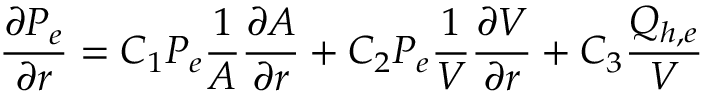
\frac { \partial P _ { e } } { \partial r } = C _ { 1 } P _ { e } \frac { 1 } { A } \frac { \partial A } { \partial r } + C _ { 2 } P _ { e } \frac { 1 } { V } \frac { \partial V } { \partial r } + C _ { 3 } \frac { Q _ { h , e } } { V }